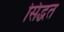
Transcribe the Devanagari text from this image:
सिद्धत